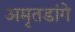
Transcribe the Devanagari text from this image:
अमृतडांगे